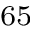
^ { 6 5 }